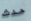
حدث